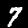
Label: 7